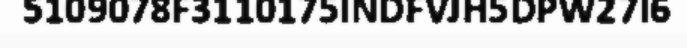
5109078F3110175INDFVJH5DPW27I6